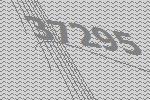
37295